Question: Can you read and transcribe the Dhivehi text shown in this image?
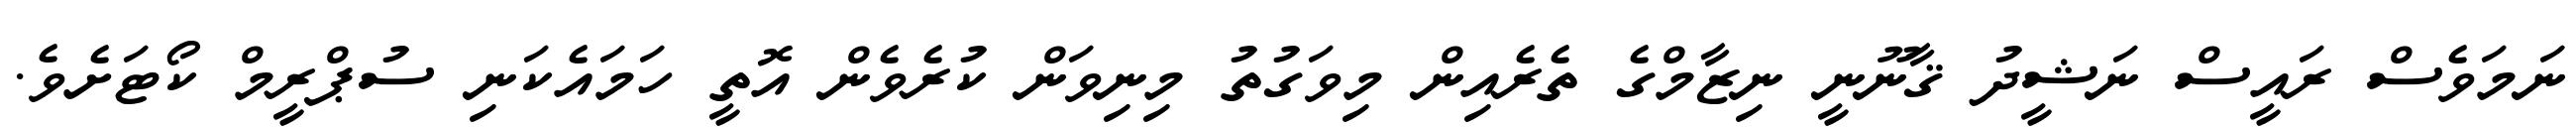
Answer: ނަމަވެސް ރައީސް ނަޝީދު ޤާނޫނީ ނިޒާމްގެ ތެރެއިން މިވަގުތު މިނިވަން ކުރެވެން އޮތީ ހަމައެކަނި ސުޕްރީމް ކޯޓަށެވެ.